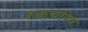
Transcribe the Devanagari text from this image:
रक्तचरित्र